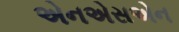
એનએસએન